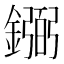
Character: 𫓎